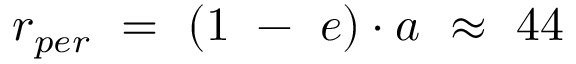
\begin{array} { l } { r _ { p e r } \ = \ ( 1 \ - \ e ) \cdot a \ \approx \ 4 4 } \end{array}